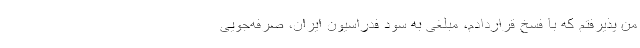
من پذیرفتم که با فسخ قراردادم، مبلغی به سود فدراسیون ایران، صرفه‌جویی